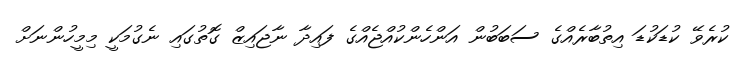
ކުރެވޭ ކުޑަކުޑަ އިތުބާރެއްގެ ސަބަބުން އަންހެންކުއްޖެއްގެ ފައިދާ ނާޖައިޒް ގޮތުގައި ނެގުމަކީ މިމީހުންނަށް